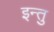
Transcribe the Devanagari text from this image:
इन्तु